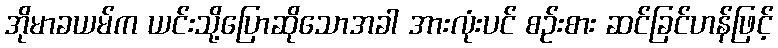
အိုမာခယမ်က ယင်းသို့ပြောဆိုသောအခါ အားလုံးပင် စဉ်းစား ဆင်ခြင်ဟန်ဖြင့်